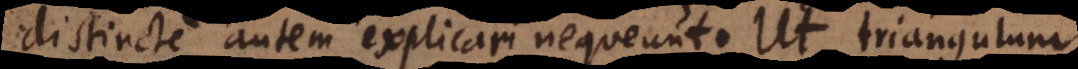
distincte autem explicari nequeunt. Ut triangulum